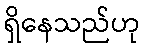
ရှိနေသည်ဟု